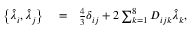
\begin{array} { r l r } { \left\{ \hat { \lambda } _ { i } , \hat { \lambda } _ { j } \right\} } & { { } = } & { \frac { 4 } { 3 } \delta _ { i j } + 2 \sum _ { k = 1 } ^ { 8 } D _ { i j k } \hat { \lambda } _ { k } , } \end{array}